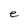
Character: e